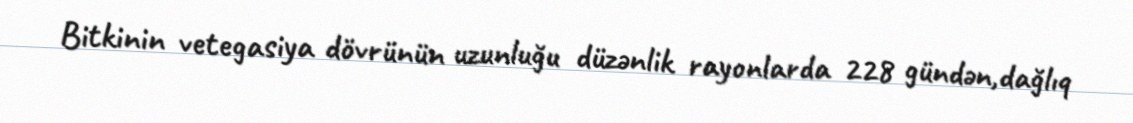
Bitkinin vetegasiya dövrünün uzunluğu düzənlik rayonlarda 228 gündən,dağlıq